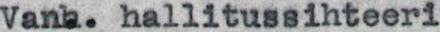
Vanh. hallitussihteeri